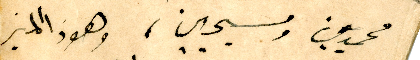
محمديين ومسيحيين، وهوذا المنبر